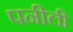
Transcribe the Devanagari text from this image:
पनीली